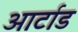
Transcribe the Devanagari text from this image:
आर्टाड